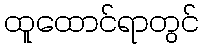
ထူထောင်ရာတွင်